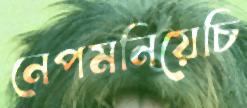
নেপমনিয়েচি